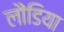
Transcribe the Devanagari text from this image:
लौंडिया